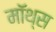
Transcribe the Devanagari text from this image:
मॉथ्स